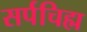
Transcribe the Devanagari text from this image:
सर्पचिह्म